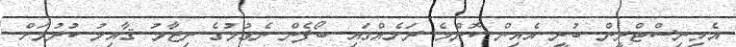
އެމިނިސްޓްރީން ބުނީ އެއިން ކޮންމެ ރަށެއްގައި ބޯފެން ނެގުމުގެ ނިޒާމު ޤާއިމު ކުރުމަށް